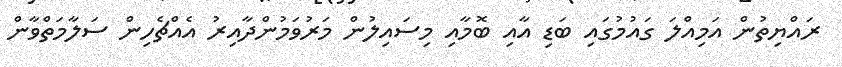
ރައްޔިތުން އަމިއްލަ ގައުމުގައި ބަޑި އާއި ބޮމާއި މިސައިލުން މަރުވަމުންދާއިރު އެއްޗެހިން ސަލާމަތްވާން